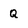
Character: Q